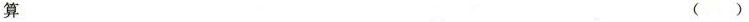
算 ( )